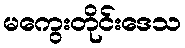
မကွေးတိုင်းဒေသ